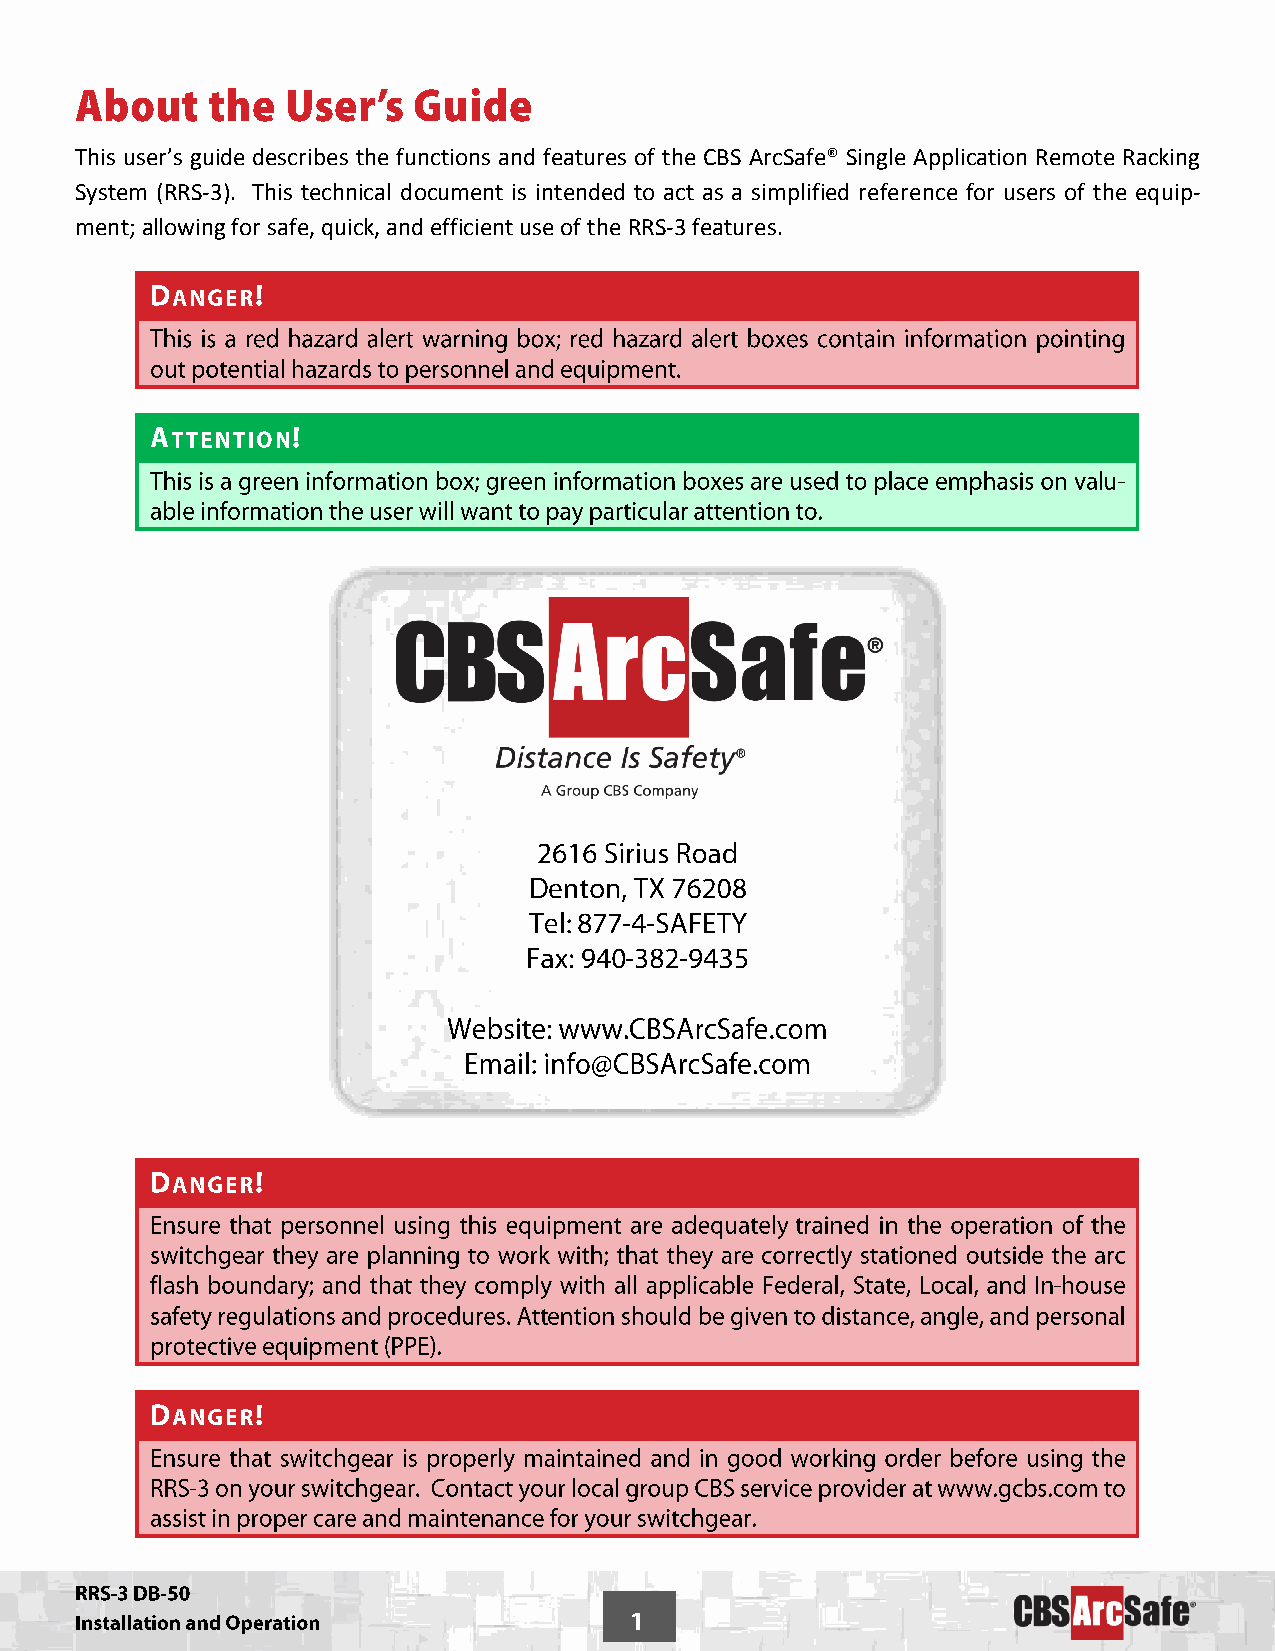
This user’s guide describes the functions and features of the CBS ArcSafe® Single Application Remote Racking
 System (RRS-3). This technical document is intended to act as a simplified reference for users of the equip-
 ment; allowing for safe, quick, and efficient use of the RRS-3 features.